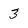
Character: 3